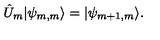
\hat { U } _ { m } | \psi _ { m , m } \rangle = | \psi _ { m + 1 , m } \rangle .